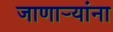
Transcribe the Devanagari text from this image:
जाणार्‍यांना